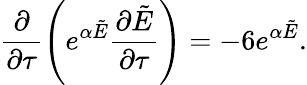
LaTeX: \frac{\partial}{\partial\tau}\left(e^{\alpha\tilde{E}}\frac{\partial\tilde{E}}{\partial\tau}\right)=-6e^{\alpha\tilde{E}}.